Code of medical and sanitary regulations for the guidance of medical officers serving in the Madras Presidency - Volume II
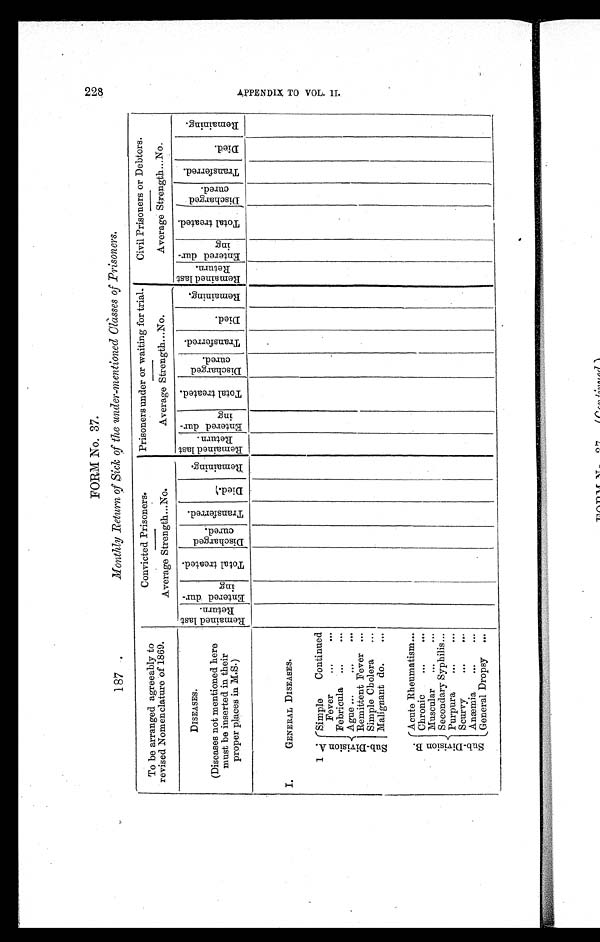
FORM No. 37.
187.
Monthly Return of Sick of the under-mentioned Classes of Prisoners.
To be arranged agreeably to
revised Nomenclature of 1869.
Convicted Prisoners.
Prisoners under or waiting for trial.
Civil Prisoners or Debtors.
Average Strength...No.
Average Strength...No.
Average Strength...No.
DISEASES.
Re ma i n e d l a s t
Return.
E n t e r e d d u r -
ing
T o t a l t r e a t e d .
Di scharged
cured.
T r a n s f e r r e d .
D i e d .
R e m a i n i n g .
Re ma i n e d l a s t
Ret urn.
E n t e r e d d u r -
i n g
T o t a l t r e a t e d .
Di schar ged
cured.
T r a n s f e r r e d .
D i e d .
R e m a i n i n g .
Re ma i n e d l a s t
Ret urn.
Ent er ed dur -
ing
T o t a l t r e a t e d .
Di schared
cured.
T r a n s f e r r e d .
D i e d .
R e m a i n i n g .
(Diseases not mentioned here
must be inserted in their
proper places in M.S.)
I.
GENERAL DISEASES.
1
S u b - Di v i s i o n A.
Simple
Continued
Fever
...
. . .
Febricula ...
. . .
Ague ...
...
. . .
Remittent Fever ...
Simple Cholera
...
Malignant do.
...
Sub- Di vi s i on B.
Acute Rheumatism
. . .
Chronic
...
...
Muscular
...
. . .
Secondary Syphilis
. . .
Purpura
...
. . .
Scurvy
...
. . .
Anæmia
...
. . .
General Dropsy
. . .
228 A P P E N D I X T O V O L . I I .